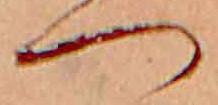
つ